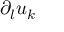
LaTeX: \partial _ { l } u _ { k }